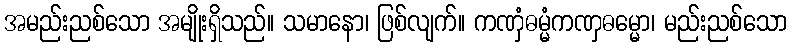
အမည်းညစ်သော အမျိုးရှိသည်။ သမာနော၊ ဖြစ်လျက်။ ကဏှံဓမ္မံကဏှဓမ္မော၊ မည်းညစ်သော